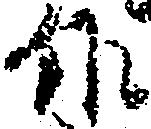
作